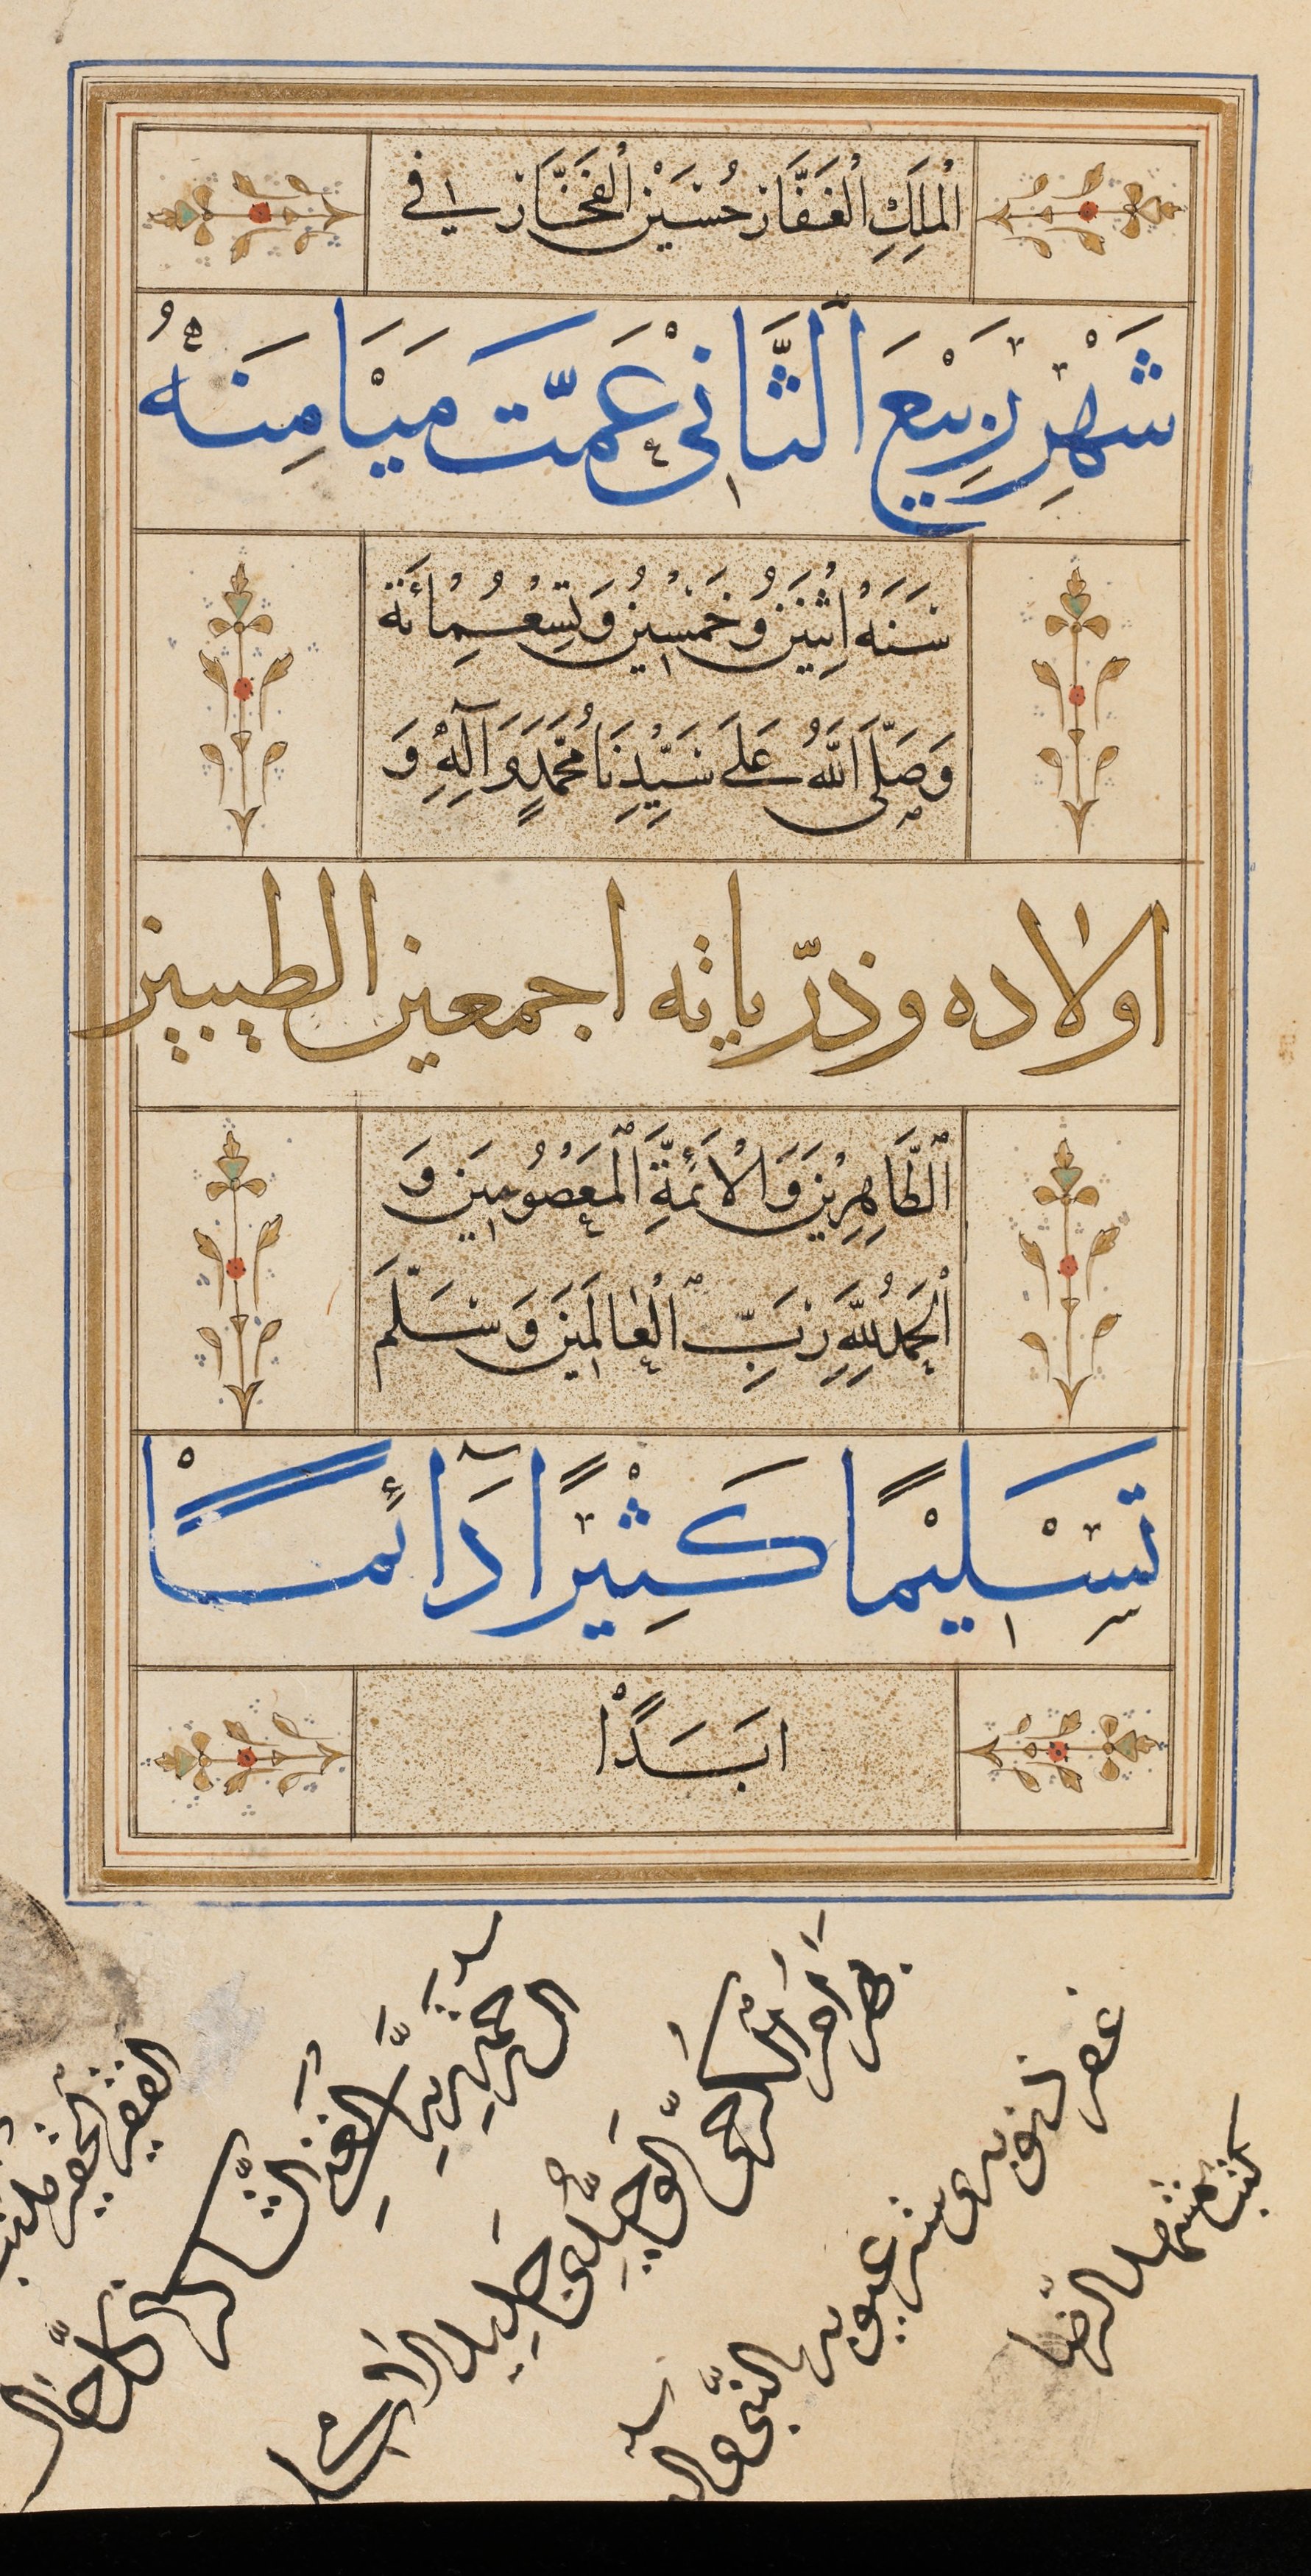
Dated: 1545–1545